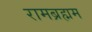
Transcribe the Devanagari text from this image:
रामब्रह्मम